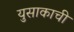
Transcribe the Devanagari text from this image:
युसाकाची